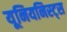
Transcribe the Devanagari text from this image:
यूनियनिस्ट्स